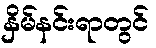
နှိမ်နင်းရာတွင်